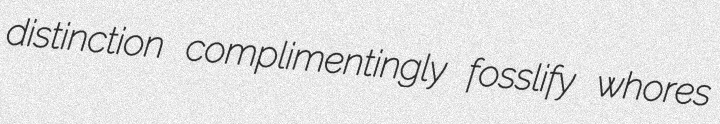
distinction complimentingly fosslify whores